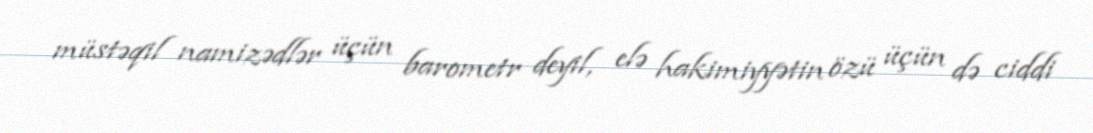
müstəqil namizədlər üçün barometr deyil, elə hakimiyyətin özü üçün də ciddi